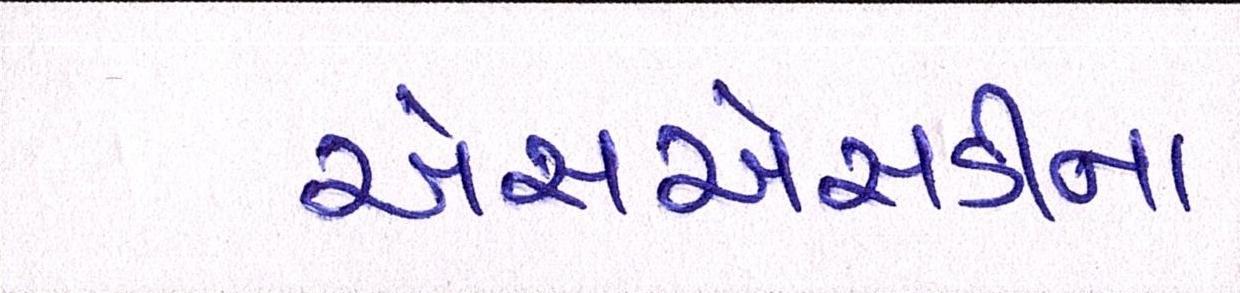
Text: એસએસડીના